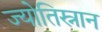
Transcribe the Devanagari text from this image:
ज्योतिस्नान